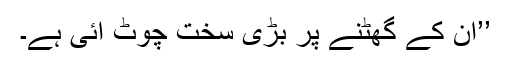
’’ان کے گھٹنے پر بڑی سخت چوٹ آئی ہے۔